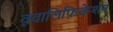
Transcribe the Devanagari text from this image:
क़्वालिफ़िकेशन